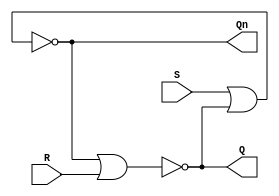
// Copyright (C) 2020  Intel Corporation. All rights reserved.
// Your use of Intel Corporation's design tools, logic functions 
// and other software and tools, and any partner logic 
// functions, and any output files from any of the foregoing 
// (including device programming or simulation files), and any 
// associated documentation or information are expressly subject 
// to the terms and conditions of the Intel Program License 
// Subscription Agreement, the Intel Quartus Prime License Agreement,
// the Intel FPGA IP License Agreement, or other applicable license
// agreement, including, without limitation, that your use is for
// the sole purpose of programming logic devices manufactured by
// Intel and sold by Intel or its authorized distributors.  Please
// refer to the applicable agreement for further details, at
// https://fpgasoftware.intel.com/eula.

// PROGRAM		"Quartus Prime"
// VERSION		"Version 20.1.0 Build 711 06/05/2020 SJ Standard Edition"
// CREATED		"Thu Nov 05 14:17:01 2020"

module lab9step1(
	R,
	S,
	Q,
	Qn
);


input wire	R;
input wire	S;
output wire	Q;
output wire	Qn;

wire	SYNTHESIZED_WIRE_0;
wire	SYNTHESIZED_WIRE_1;

assign	Q = SYNTHESIZED_WIRE_1;
assign	Qn = SYNTHESIZED_WIRE_0;



assign	SYNTHESIZED_WIRE_1 = ~(SYNTHESIZED_WIRE_0 | R);

assign	SYNTHESIZED_WIRE_0 = ~(S | SYNTHESIZED_WIRE_1);


endmodule